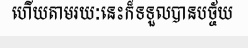
ហើយតាមរយៈនេះក៏ទទួលបានបច្ច័យ